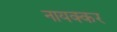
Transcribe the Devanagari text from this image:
नायक्कर